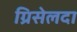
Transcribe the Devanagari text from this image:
ग्रिसेलदा